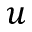
u